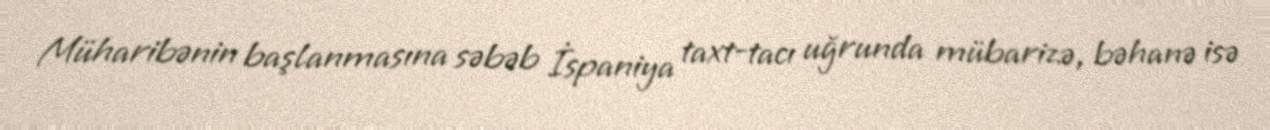
Müharibənin başlanmasına səbəb İspaniya taxt-tacı uğrunda mübarizə, bəhanə isə